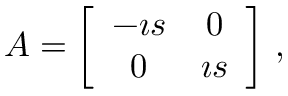
A = \left[ \begin{array} { c c } { { - \i s } } & { { 0 } } \\ { { 0 } } & { { \i s } } \end{array} \right] \, ,